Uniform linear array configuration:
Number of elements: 16
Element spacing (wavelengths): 0.25
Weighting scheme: hamming
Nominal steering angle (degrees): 45
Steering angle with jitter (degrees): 43.583
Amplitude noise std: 0.05
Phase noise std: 0.05

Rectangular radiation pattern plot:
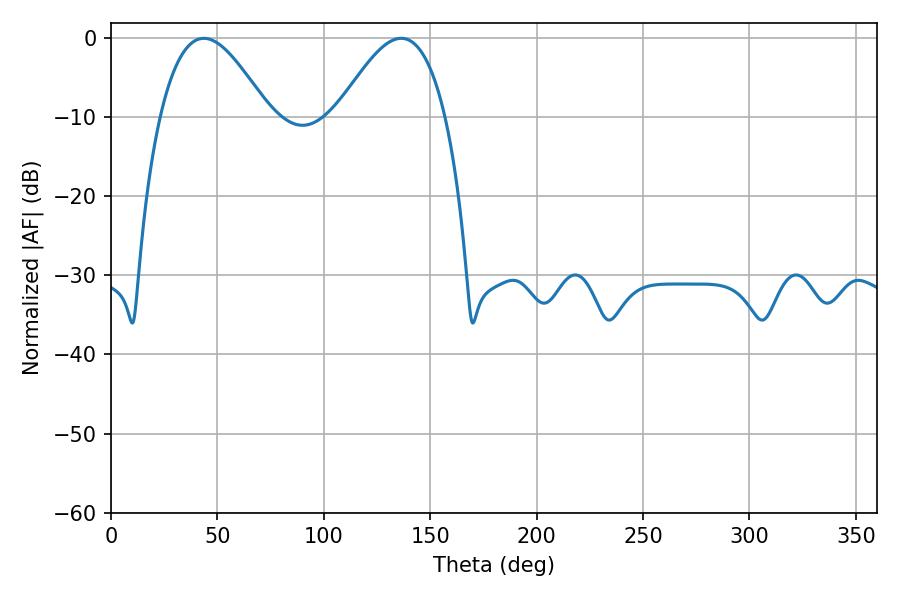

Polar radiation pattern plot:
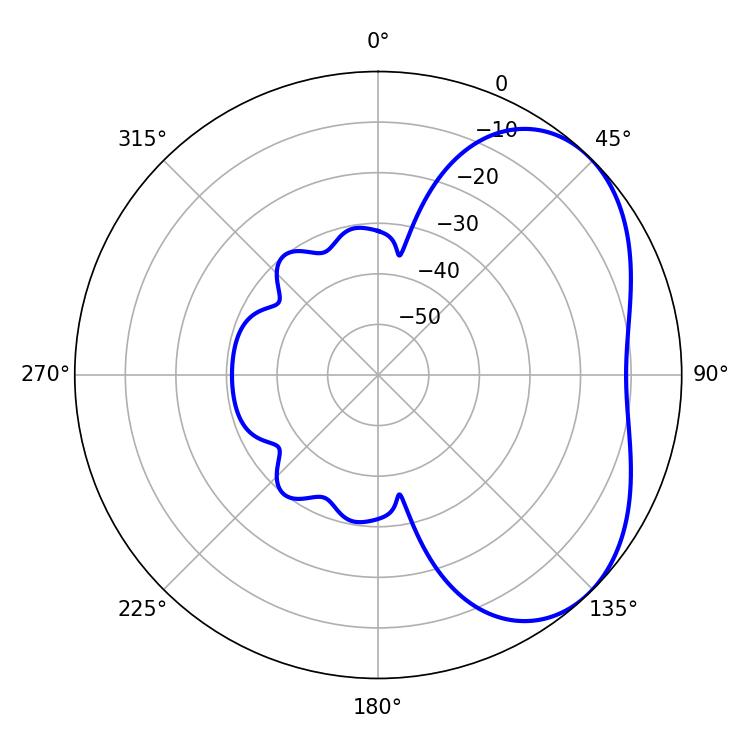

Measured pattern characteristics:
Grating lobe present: FALSE
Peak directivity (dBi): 4.089
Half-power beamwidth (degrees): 27.54
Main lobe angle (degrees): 43.56